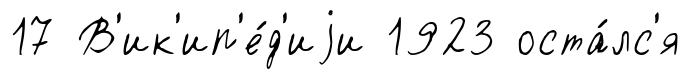
17 В'ик'ип'е́д'иjи 1923 оста́лс'я